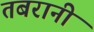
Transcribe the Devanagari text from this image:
तबरानी